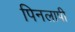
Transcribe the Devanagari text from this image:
पिनलापी